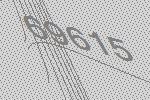
69615